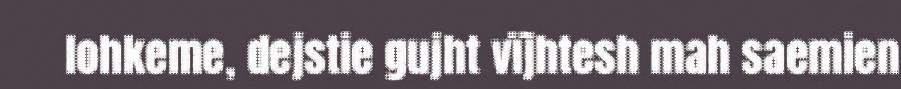
lohkeme, dejstie gujht vïjhtesh mah saemien